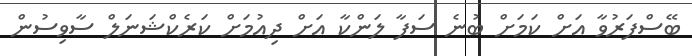
ބޭސްފަރުވާ އަށް ކަމަށް ބުނެ ސަފާ ލަންކާ އަށް ދިއުމަށް ކަރެކްޝަނަލް ސާވިސުން